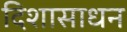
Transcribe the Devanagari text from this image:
दिशासाधन